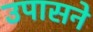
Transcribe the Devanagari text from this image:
उपासने